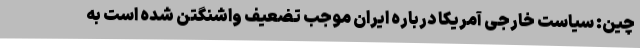
چین: سیاست خارجی آمریکا درباره ایران موجب تضعیف واشنگتن شده است به